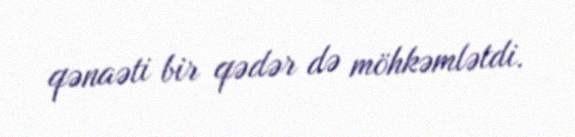
qənaəti bir qədər də möhkəmlətdi.